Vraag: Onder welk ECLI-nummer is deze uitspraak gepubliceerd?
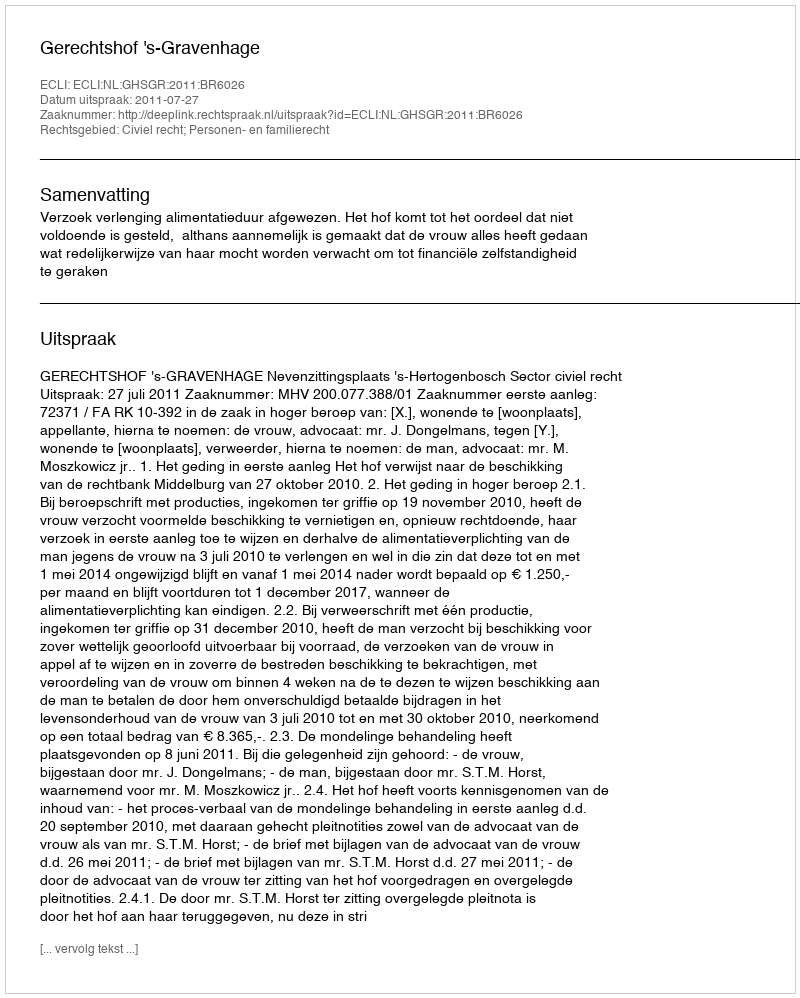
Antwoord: ECLI:NL:GHSGR:2011:BR6026